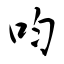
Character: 呁